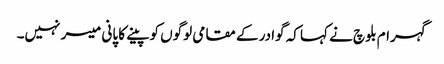
گہرام بلوچ نے کہا کہ گوادر کے مقامی لوگوں کو پینے کا پانی میسر نہیں۔